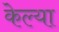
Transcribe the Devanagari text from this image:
केल्‍या